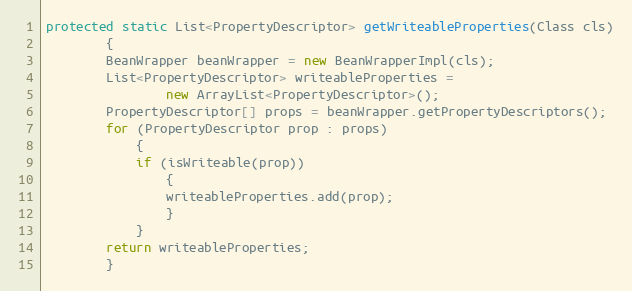
Language: Java
protected static List<PropertyDescriptor> getWriteableProperties(Class cls)
        {
        BeanWrapper beanWrapper = new BeanWrapperImpl(cls);
        List<PropertyDescriptor> writeableProperties =
                new ArrayList<PropertyDescriptor>();
        PropertyDescriptor[] props = beanWrapper.getPropertyDescriptors();
        for (PropertyDescriptor prop : props)
            {
            if (isWriteable(prop))
                {
                writeableProperties.add(prop);
                }
            }
        return writeableProperties;
        }